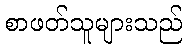
စာဖတ်သူများသည်